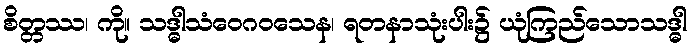
စိတ္တဿ၊ ကို။ သဒ္ဓါသံဝေဂဝသေန၊ ရတနာသုံးပါး၌ ယုံကြည်သောသဒ္ဓါ